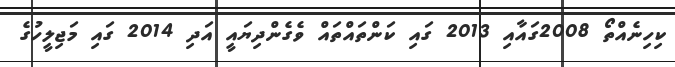
ކިހިނެއްތޯ 2008ގައާއި 2013 ގައި ކަންތައްތައް ވެގެންދިޔައީ އަދި 2014 ގައި މަޖިލީހުގެ